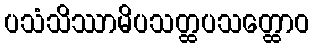
ပသံသိဿာမိပသတ္ထပသတ္ထောဝ